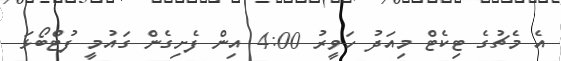
އެ މެޗުގެ ޓިކެޓް މިއަދު ހަވީރު 4:00 އިން ފެށިގެން ގައުމީ ފުޓްބޯޅަ